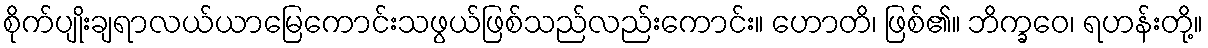
စိုက်ပျိုးချရာလယ်ယာမြေကောင်းသဖွယ်ဖြစ်သည်လည်းကောင်း။ ဟောတိ၊ ဖြစ်၏။ ဘိက္ခဝေ၊ ရဟန်းတို့။